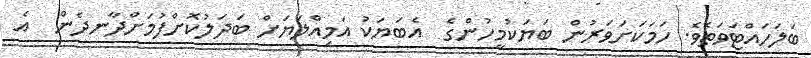
ބަލަހައްޓަވަތެވެ. ހަމަކަށަވަރުން ބަޔަކުމީހުންގެ  އެބަޔަކު އަމިއްލަޔަށް ބަދަލުކޮށްފުމަށްދާނދެން  އެ